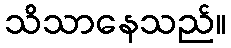
သိသာနေသည်။